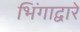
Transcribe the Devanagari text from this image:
भिंगाद्वारे